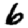
Digit: 6